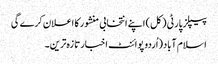
پیپلز پارٹی ( کل) اپنے انتخابی منشور کا اعلان کرے گی
اسلام آباد(اُردو پوائنٹ اخبارتازہ ترین۔